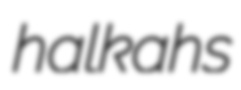
halkahs